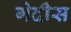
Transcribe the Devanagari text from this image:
गेदीस